Leaving Certificate Examination, 1925
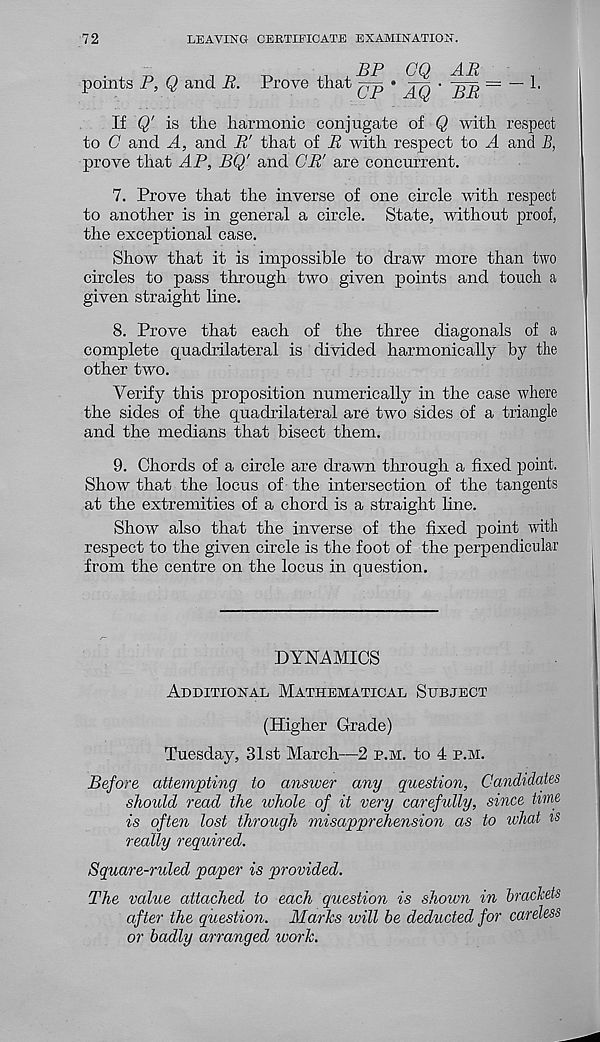
72
LEAVING CERTIFICATE EXAMINATION.
points P, Q and R. Prove that
BP CQ AR
CP * AQ' BR~
1.
If Q' is the harmonic conjugate of Q with respect
to C and A, and R' that of R with respect to A and B,
prove that AP, BQ’ and CR' are concurrent.
7. Prove that the inverse of one circle with respect
to another is in general a circle. State, without proof,
the exceptional case.
Show that it is impossible to draw more than two
circles to pass through two given points and touch a
given straight line.
8. Prove that each of the three diagonals of a
complete quadrilateral is divided harmonically by the
other two.
Verify this proposition numerically in the case where
the sides of the quadrilateral are two sides of a triangle
and the medians that bisect them.
9. Chords of a circle are drawn through a fixed point.
Show that the locus of the intersection of the tangents
at the extremities of a chord is a straight fine.
Show also that the inverse of the fixed point with
respect to the given circle is the foot of the perpendicular
from the centre on the locus in question.
DYNAMICS
Additional Mathematical Subject
(Higher Grade)
Tuesday, 31st March—2 p.m. to 4 p.m.
Before attempting to answer any question, Candidates
should read the whole of it very carefully, since time
is often lost through misapprehension as to what is
really required.
Square-ruled paper is provided.
The value attached to each question is shown in brackets
after the question. Marks vnll be deducted for careless
or badly arranged work.